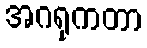
အဂရုကတာ